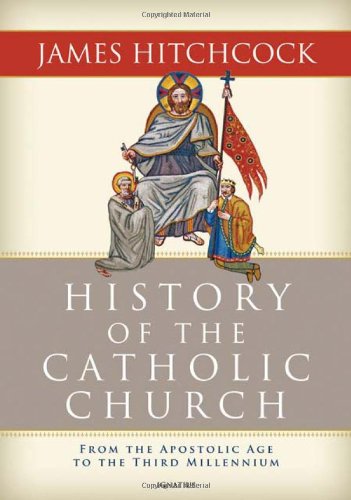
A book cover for History of the Catholic Church: From the Apostolic Age to the Third Millennium; James Hitchcock; Christian Books & Bibles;